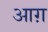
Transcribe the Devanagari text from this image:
आग़